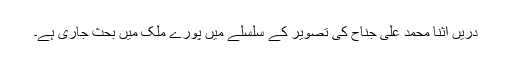
دریں اثنا محمد علی جناح کی تصویر کے سلسلے میں پورے ملک میں بحث جاری ہے۔